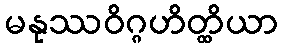
မနုဿဝိဂ္ဂဟိတ္ထိယာ